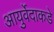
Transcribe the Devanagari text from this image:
आयुर्वेदाकडे